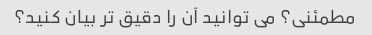
مطمئنی؟ می توانید آن را دقیق تر بیان کنید؟